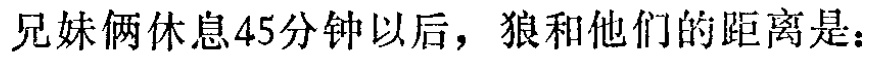
兄妹俩休息45分钟以后，狼和他们的距离是：